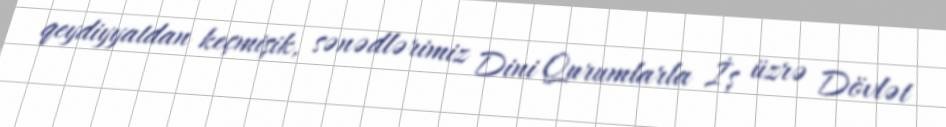
qeydiyyatdan keçmişik, sənədlərimiz Dini Qurumlarla İş üzrə Dövlət